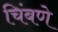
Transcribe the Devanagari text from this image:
चिंबणे